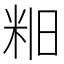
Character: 𫂻